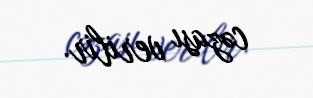
cəzası verilir.